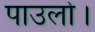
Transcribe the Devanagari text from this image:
पाउलो।